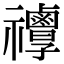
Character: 𥜯